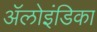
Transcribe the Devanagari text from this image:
ॲलोइंडिका